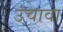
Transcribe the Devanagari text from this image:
उंचावा